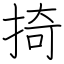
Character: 掎